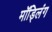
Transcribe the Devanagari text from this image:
मॉड्लिंग